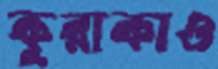
কুরাকাও